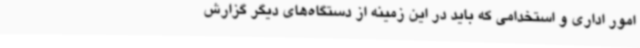
امور اداری و استخدامی که باید در این زمینه از دستگاه‌های دیگر گزارش